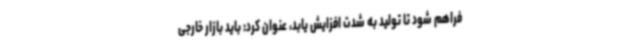
فراهم شود تا تولید به شدت افزایش یابد، عنوان کرد: باید بازار خارجی